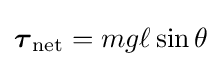
{\boldsymbol {\tau }}_{\mathrm {net} }=mg\ell \sin \theta \,\!